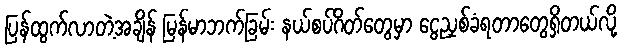
ပြန်ထွက်လာတဲ့အချိန် မြန်မာဘက်ခြမ်း နယ်စပ်ဂိတ်တွေမှာ ငွေညှစ်ခံရတာတွေရှိတယ်လို့